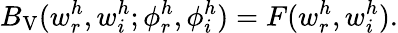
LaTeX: B_{\mathrm{V}}(w_{r}^{h},w_{i}^{h};\phi_{r}^{h},\phi_{i}^{h})=F(w_{r}^{h},w_{i}^{h}).